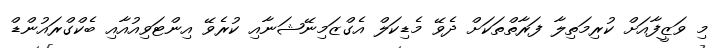
މި ވަޒީފާއަށް ކުރިމަތިލާ ފަރާތްތަކަށް ދެވޭ މެޑިކަލް އެގްޒަމިނޭޝަނާއި ކުރެވޭ އިންޓަވިއުއާއި ބެކްގްރައުންޑް